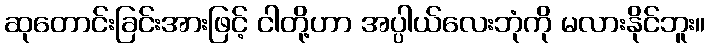
ဆုတောင်းခြင်းအားဖြင့် ငါတို့ဟာ အပ္ပါယ်လေးဘုံကို မလားနိုင်ဘူး။